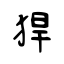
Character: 猂